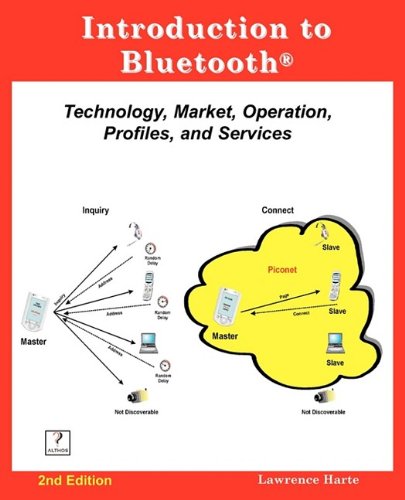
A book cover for Introduction to Bluetooth, 2nd Edition; Lawrence Harte; Computers & Technology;